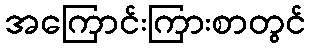
အကြောင်းကြားစာတွင်